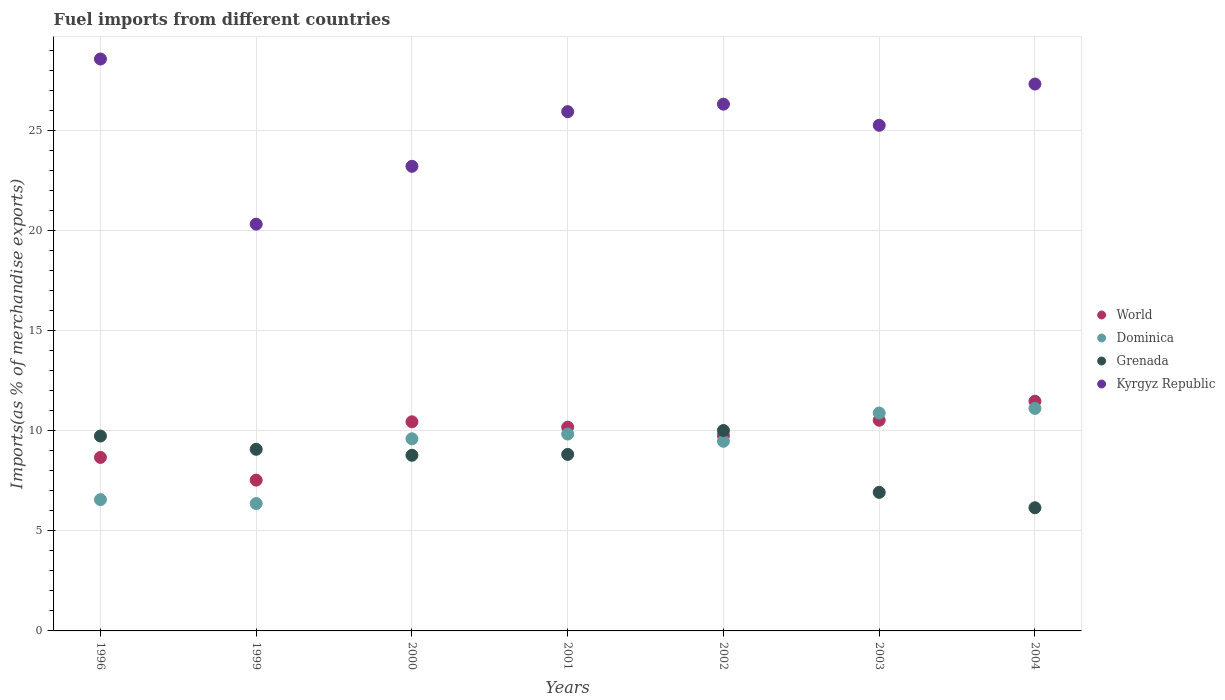
| Years | World | Dominica | Grenada | Kyrgyz Republic |
 | --- | --- | --- | --- | --- |
 | 1996 | 8.67 | 6.56 | 9.74 | 28.6 |
 | 1999 | 7.53 | 6.36 | 9.08 | 20.3 |
 | 2000 | 10.4 | 9.6 | 8.78 | 23.2 |
 | 2001 | 10.2 | 9.84 | 8.82 | 25.9 |
 | 2002 | 9.76 | 9.48 | 10 | 26.3 |
 | 2003 | 10.5 | 10.9 | 6.92 | 25.3 |
 | 2004 | 11.5 | 11.1 | 6.15 | 27.3 |